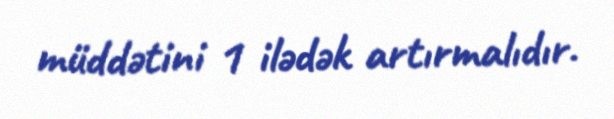
müddətini 1 ilədək artırmalıdır.